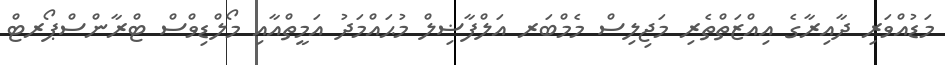
މަޑުއްވަރި ދާއިރާގެ އިއްޒަތްތެރި މަޖިލިސް މެމްބަރ އަލްފާޟިލް މުޙައްމަދު އަމީތްއާއި މޯލްޑިވްސް ޓްރާންސްޕޯރޓް